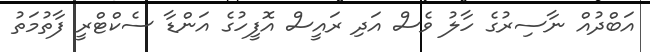
އަބްދުއް ނާސިރުގެ ހާލު ވެސް އަދި ރައީސް އޮފީހުގެ އަންޑާ ސެކްޓްރީ ފާތުމަތު